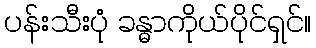
ပန်းသီးပုံ ခန္ဓာကိုယ်ပိုင်ရှင်။